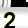
Digit: 2